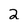
Character: 2